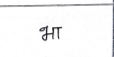
मजकूर: भा